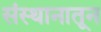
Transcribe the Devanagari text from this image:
संस्थानातून